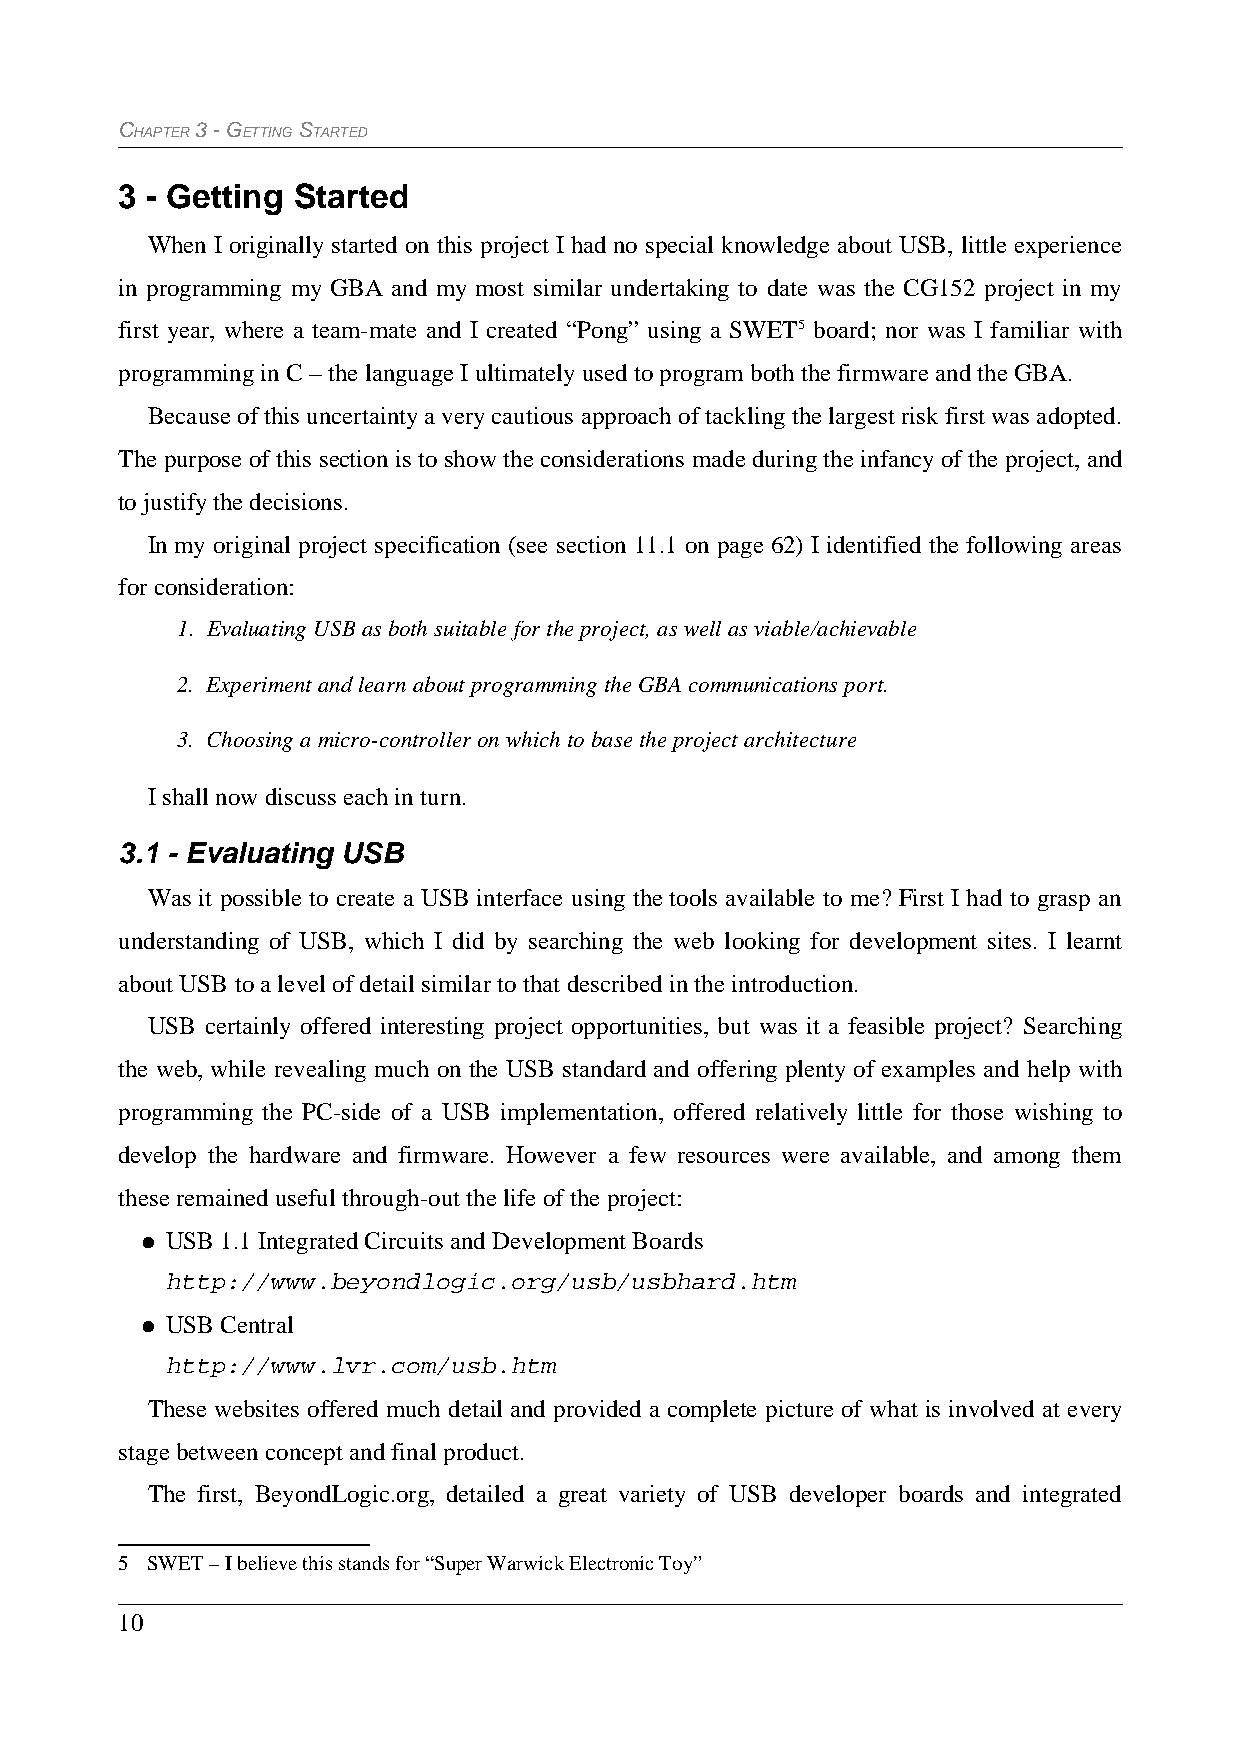
CHAPTER 3 - GETTING STARTED
 3 - Getting Started
 When I originally started on this project I had no special knowledge about USB, little experience
 in programming my GBA and my most similar undertaking to date was the CG152 project in my
 first year, where a team-mate and I created “Pong” using a SWET5 board; nor was I familiar with
 programming in C – the language I ultimately used to program both the firmware and the GBA.
 Because of this uncertainty a very cautious approach of tackling the largest risk first was adopted.
 The purpose of this section is to show the considerations made during the infancy of the project, and
 to justify the decisions.
 In my original project specification (see section 11.1 on page 62) I identified the following areas
 for consideration:
 1. Evaluating USB as both suitable for the project, as well as viable/achievable
 2. Experiment and learn about programming the GBA communications port.
 3. Choosing a micro-controller on which to base the project architecture
 I shall now discuss each in turn.
 3.1 - Evaluating USB
 Was it possible to create a USB interface using the tools available to me? First I had to grasp an
 understanding of USB, which I did by searching the web looking for development sites. I learnt
 about USB to a level of detail similar to that described in the introduction.
 USB certainly offered interesting project opportunities, but was it a feasible project? Searching
 the web, while revealing much on the USB standard and offering plenty of examples and help with
 programming the PC-side of a USB implementation, offered relatively little for those wishing to
 develop the hardware and firmware. However a few resources were available, and among them
 these remained useful through-out the life of the project:
 ● USB 1.1 Integrated Circuits and Development Boards
 http://www.beyondlogic.org/usb/usbhard.htm
 ● USB Central
 http://www.lvr.com/usb.htm
 These websites offered much detail and provided a complete picture of what is involved at every
 stage between concept and final product.
 The first, BeyondLogic.org, detailed a great variety of USB developer boards and integrated
 5 SWET – I believe this stands for “Super Warwick Electronic Toy”
 10